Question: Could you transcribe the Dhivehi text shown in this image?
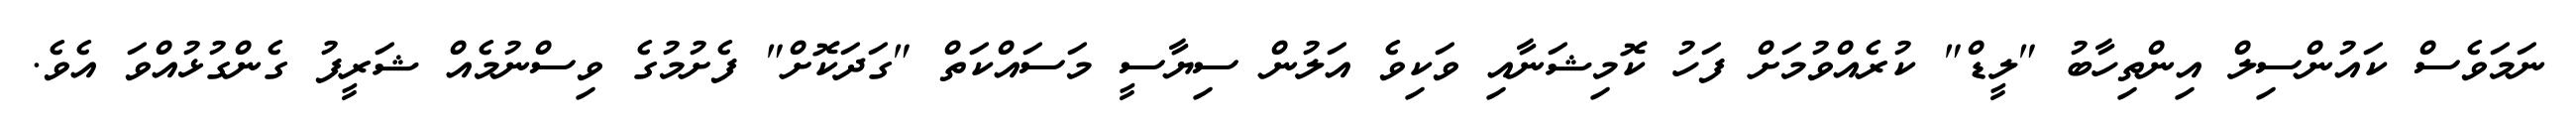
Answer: ނަމަވެސް ކައުންސިލް އިންތިހާބު "ލީޑް" ކުރެއްވުމަށް ފަހު ކޮމިޝަނާއި ވަކިވެ އަލުން ސިޔާސީ މަސައްކަތް "ގަދަކޮށް" ފެށުމުގެ ވިސްނުމެއް ޝަރީފު ގެންގުޅުއްވަ އެވެ.